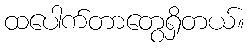
ထပေါက်တာတွေရှိတယ်။